Indian journal of veterinary science and animal husbandry - Volume 10,
Year: 1940
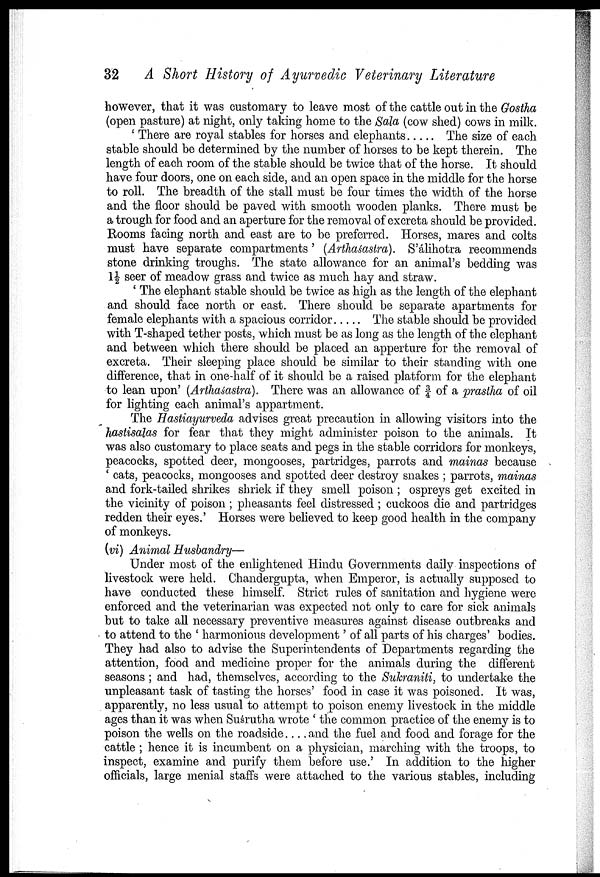
32
A Short History of Ayurvedic Veterinary Literature
however, that it was customary to leave most of the cattle out in the Gostha
(open pasture) at night, only taking home to the Sala (cow shed) cows in milk.
' There are royal stables for horses and elephants
The size of each
stable should be determined by the number of horses to be kept therein. The
length of each room of the stable should be twice that of the horse. It should
have four doors, one on each side, and an open space in the middle for the horse
to roll. The breadth of the stall must be four times the width of the horse
and the floor should be paved with smooth wooden planks. There must be
a trough for food and an aperture for the removal of excreta should be provided.
Rooms facing north and east are to be preferred. Horses, mares and colts
must have separate compartments ' (Arthaśastra). S'álihotra recommends
stone drinking troughs. The state allowance for an animal's bedding was
1½ seer of meadow grass and twice as much hay and straw.
' The elephant stable should be twice as high as the length of the elephant
and should face north or east. There should be separate apartments for
female elephants with a spacious corridor
The stable should be provided
with T-shaped tether posts, which must be as long as the length of the elephant
and between which there should be placed an apperture for the removal of
excreta. Their sleeping place should be similar to their standing with one
difference, that in one-half of it should be a raised platform for the elephant
to lean upon' (Arthaśastra). There was an allowance of ¾ of a prastha of oil
for lighting each animal's appartment.
The Hastiayurveda advises great precaution in allowing visitors into the
hastisalas for fear that they might administer poison to the animals. It
was also customary to place seats and pegs in the stable corridors for monkeys,
peacocks, spotted deer, mongooses, partridges, parrots and mainas because
' cats, peacocks, mongooses and spotted deer destroy snakes ; parrots, mainas
and fork-tailed shrikes shriek if they smell poison ; ospreys get excited in
the vicinity of poison ; pheasants feel distressed ; cuckoos die and partridges
redden their eyes.' Horses were believed to keep good health in the company
of monkeys.
(vi) Animal Husbandry—
Under most of the enlightened Hindu Governments daily inspections of
livestock were held. Chandergupta, when Emperor, is actually supposed to
have conducted these himself. Strict rules of sanitation and hygiene were
enforced and the veterinarian was expected not only to care for sick animals
but to take all necessary preventive measures against disease outbreaks and
to attend to the ' harmonious development' of all parts of his charges' bodies.
They had also to advise the Superintendents of Departments regarding the
attention, food and medicine proper for the animals during the different
seasons ; and had, themselves, according to the Sukraniti, to undertake the
unpleasant task of tasting the horses' food in case it was poisoned. It was,
apparently, no less usual to attempt to poison enemy livestock in the middle
ages than it was when Suśrutha wrote ' the common practice of the enemy is to
poison the wells on the roadside... .and the fuel and food and forage for the
cattle ; hence it is incumbent on a physician, marching with the troops, to
inspect, examine and purify them before use.' In addition to the higher
officials, large menial staffs were attached to the various stables, including